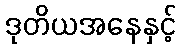
ဒုတိယအနေနှင့်